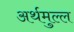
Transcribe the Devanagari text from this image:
अर्थमुल्ल